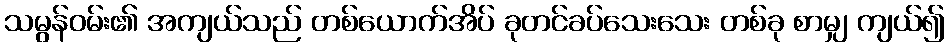
သမွန်ဝမ်း၏ အကျယ်သည် တစ်ယောက်အိပ် ခုတင်ခပ်သေးသေး တစ်ခု စာမျှ ကျယ်၍